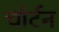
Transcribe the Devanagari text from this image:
चोर्टन